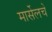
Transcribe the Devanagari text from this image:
मार्सेलचे